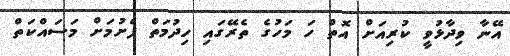
އޭނާ ވިދާޅުވީ ކުރިއަށް އޮތް ހަ މަހުގެ ތެރޭގައި ހިދުމަތް ފެށުމަށް މަސައްކަތް